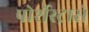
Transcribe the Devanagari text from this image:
पोर्शेस्ट्रासे